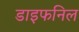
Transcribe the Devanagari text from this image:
डाइफनिल